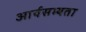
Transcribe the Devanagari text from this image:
आर्यसभ्यता